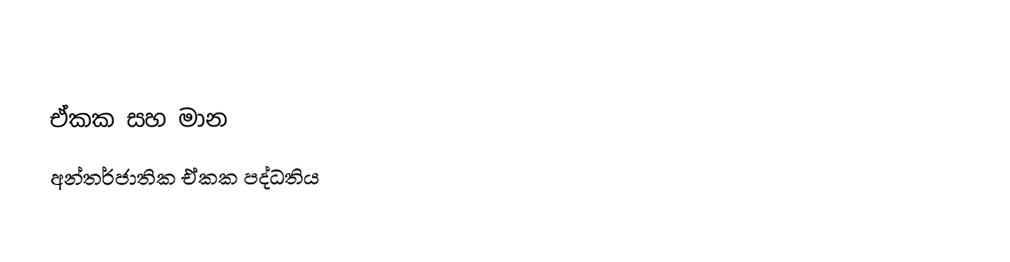
ඒකක සහ මාන
අන්තර්ජාතික ඒකක පද්ධතිය